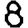
Digit: 8